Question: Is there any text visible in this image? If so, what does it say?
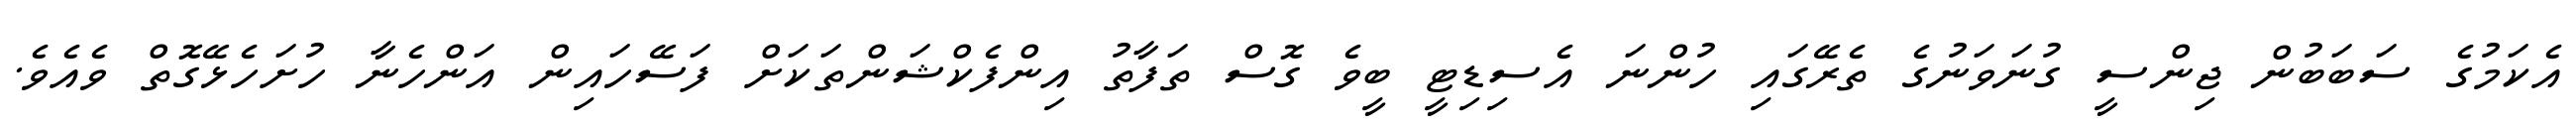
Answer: އެކަމުގެ ސަބަބުން ޖިންސީ ގުނަވަނުގެ ތެރޭގައި ހުންނަ އެސިޑިޓީ ބީވެ ގޮސް ތަފާތު އިންފެކްޝަންތަކަށް ފަސޭހައިން އަންހެނާ ހުށަހެޅޭގޮތް ވެއެވެ.